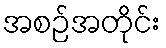
အစဉ်အတိုင်း